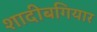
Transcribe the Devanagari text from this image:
शादीबगियार